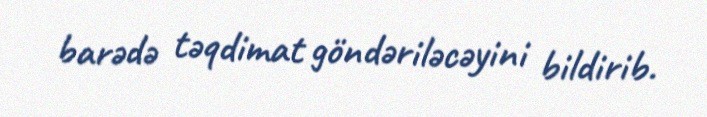
barədə təqdimat göndəriləcəyini bildirib.